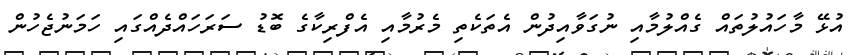
އުޅޭ މާހައުލުތައް ގެއްލުމާއި ނުގަވާއިދުން އެތަކެތި މެރުމާއި އެފްރިކާގެ ބޮޑު ސަރަަހައްދެއްގައި ހަމަނުޖެހުން